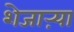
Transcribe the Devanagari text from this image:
शेजाऱ्या